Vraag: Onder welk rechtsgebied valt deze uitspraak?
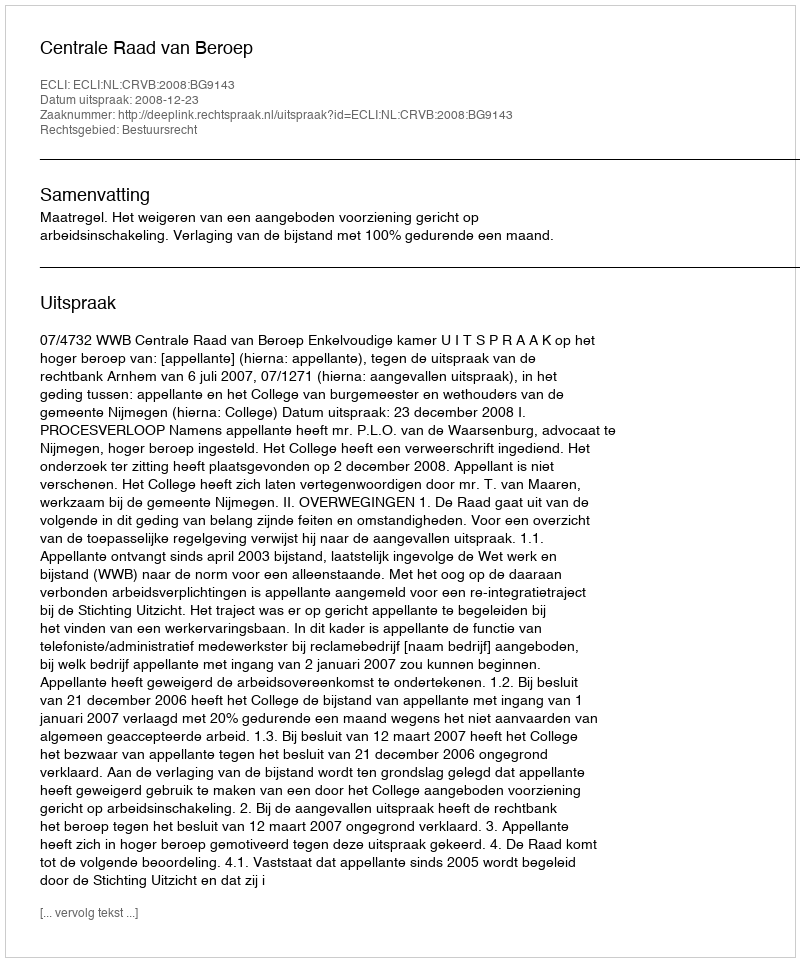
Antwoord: Bestuursrecht